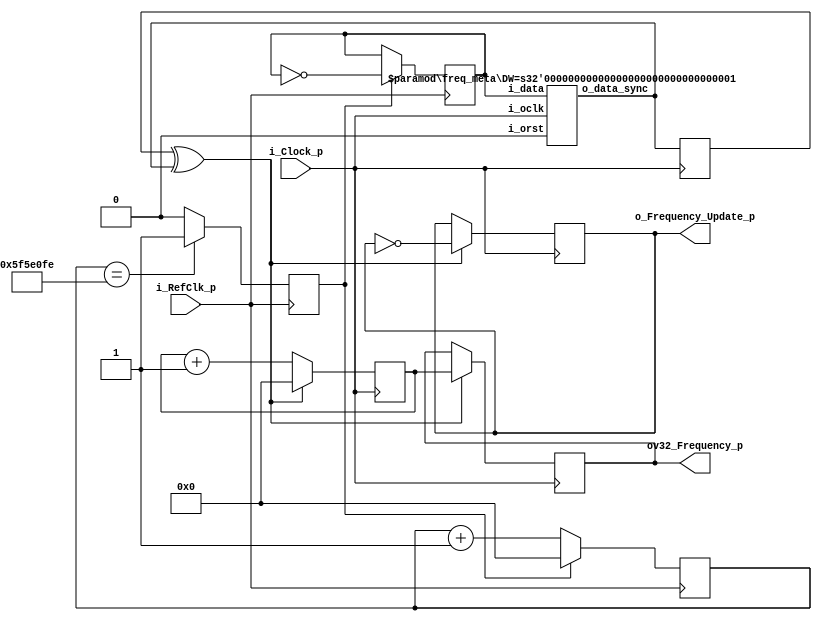
//  frequency_counter #(
//      .RefClk_Frequency_g   ( 125000000 )
//  ) frequency_counter_inst (
//      .i_RefClk_p           (axil_aclk            ),
//      .i_Clock_p            (gt_ref_clk_out       ),
//      .o_Frequency_Update_p (gt_refclk_update     ),
//      .ov32_Frequency_p     (gt_refclk_freq_value )
//  );
//
//  ila_refclk_0 ila_freq_cnt_inst (
//  	.clk    (axil_aclk), // input wire clk
//
//  	.probe0 ( gt_refclk_update    ), // input wire [0:0] probe0  
//  	.probe1 ( gt_refclk_freq_value)  // input wire [31:0]  probe1 
//  );

// frequency_counter
module frequency_counter #
(
  parameter RefClk_Frequency_g  = 100000000
)
(
  input   wire          i_RefClk_p,
  input   wire          i_Clock_p,
  output  wire          o_Frequency_Update_p,
  output  reg   [31:0]  ov32_Frequency_p
);

  // RefClk Domain
  wire  [31:0]  One_Second_minus2_c       = RefClk_Frequency_g-2;
  reg           Next_is_1s_s              = 1'b0;
  reg           RefClk_1s_Toggle_s        = 1'b0;
  wire          RefClk_1s_Toggle_Sync_s;
  reg           RefClk_1s_Toggle_Sync_rs  = 1'b0;
  reg   [31:0]  v32_1s_Counter_s          = 32'b0;
  // Computed Frequency Domain
  wire          One_Second_Toggle_Xor_as;
  reg   [31:0]  v32_Frequency_s           = 32'b0;
  reg           o_Frequency_Update_s      = 1'b0;

  // Process to create 1 second toggle bit based on RefClk_Frequency_g
  always @(posedge i_RefClk_p) begin
    if (v32_1s_Counter_s == One_Second_minus2_c) begin
      Next_is_1s_s  <= 1'b1;
    end else begin
      Next_is_1s_s  <= 1'b0;
    end
    if (Next_is_1s_s == 1'b1) begin
      RefClk_1s_Toggle_s <= ~RefClk_1s_Toggle_s;
      v32_1s_Counter_s   <= 32'b0;
    end else begin
      v32_1s_Counter_s   <= v32_1s_Counter_s + 1'b1;
    end
  end

  freq_meta #
  (
    .DW           (1)
  )
  meta_RefClk_1s
  (
    .i_data       (RefClk_1s_Toggle_s),
    .i_oclk       (i_Clock_p),
    .i_orst       (1'b0),
    .o_data_sync  (RefClk_1s_Toggle_Sync_s)
  );

  assign One_Second_Toggle_Xor_as = (RefClk_1s_Toggle_Sync_rs ^ RefClk_1s_Toggle_Sync_s);

  always @(posedge i_Clock_p) begin
    RefClk_1s_Toggle_Sync_rs <=  RefClk_1s_Toggle_Sync_s;
    if (One_Second_Toggle_Xor_as == 1'b1) begin
      o_Frequency_Update_s  <=  ~o_Frequency_Update_s;
      v32_Frequency_s       <=  32'b0;
      ov32_Frequency_p      <=  v32_Frequency_s;
    end else begin
      v32_Frequency_s       <=  v32_Frequency_s + 1'b1;
    end
  end

  assign o_Frequency_Update_p = o_Frequency_Update_s;

endmodule

module freq_meta #
(
  parameter DW     = 4, //% Data Width
  parameter NBPIPE = 3  //% NumBer of PIPEline
)
(
  input  [DW-1:0] i_data,
  input           i_oclk,
  input           i_orst,
  output [DW-1:0] o_data_sync
);

  (* async_reg = "true" *) reg [DW-1:0] data_meta;
  (* async_reg = "true" *) reg [DW-1:0] data[1:NBPIPE-1];
  integer i;

  always @(posedge i_oclk or posedge i_orst) begin
    if (i_orst) begin
      data_meta <= {DW{1'b0}};
      for (i = 1 ; i < NBPIPE ; i = i+1) 
        data[i] <= {DW{1'b0}};
    end else begin // if (i_rst)
      data_meta <= i_data;
      data[1]   <= data_meta;
      for (i = 2 ; i < NBPIPE ; i = i+1) 
        data[i] <= data[i-1];
    end // else: !if(i_rst)
  end

  assign o_data_sync = data[NBPIPE-1];

endmodule // freq_meta